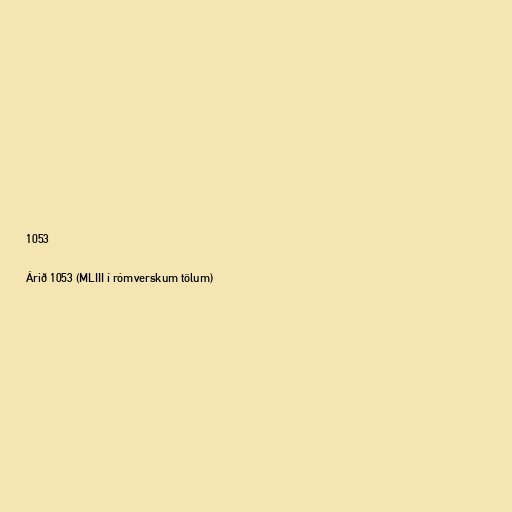
1053

Árið 1053 (MLIII í rómverskum tölum)